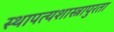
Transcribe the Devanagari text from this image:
स्थापत्यशास्त्रापुरता